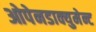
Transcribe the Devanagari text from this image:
ओपेनडाक्युमेन्ट